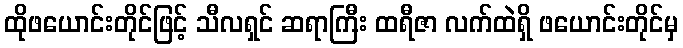
ထိုဖယောင်းတိုင်ဖြင့် သီလရှင် ဆရာကြီး ထရီဇာ လက်ထဲရှိ ဖယောင်းတိုင်မှ